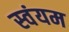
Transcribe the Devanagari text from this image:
स्‍वंयम